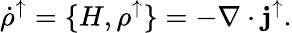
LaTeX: \dot{\rho}^{\uparrow}=\{ H,\rho^{\uparrow}\} =-\nabla\cdot{\mathbf j}^{\uparrow}.